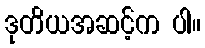
ဒုတိယအဆင့်က ပါ။